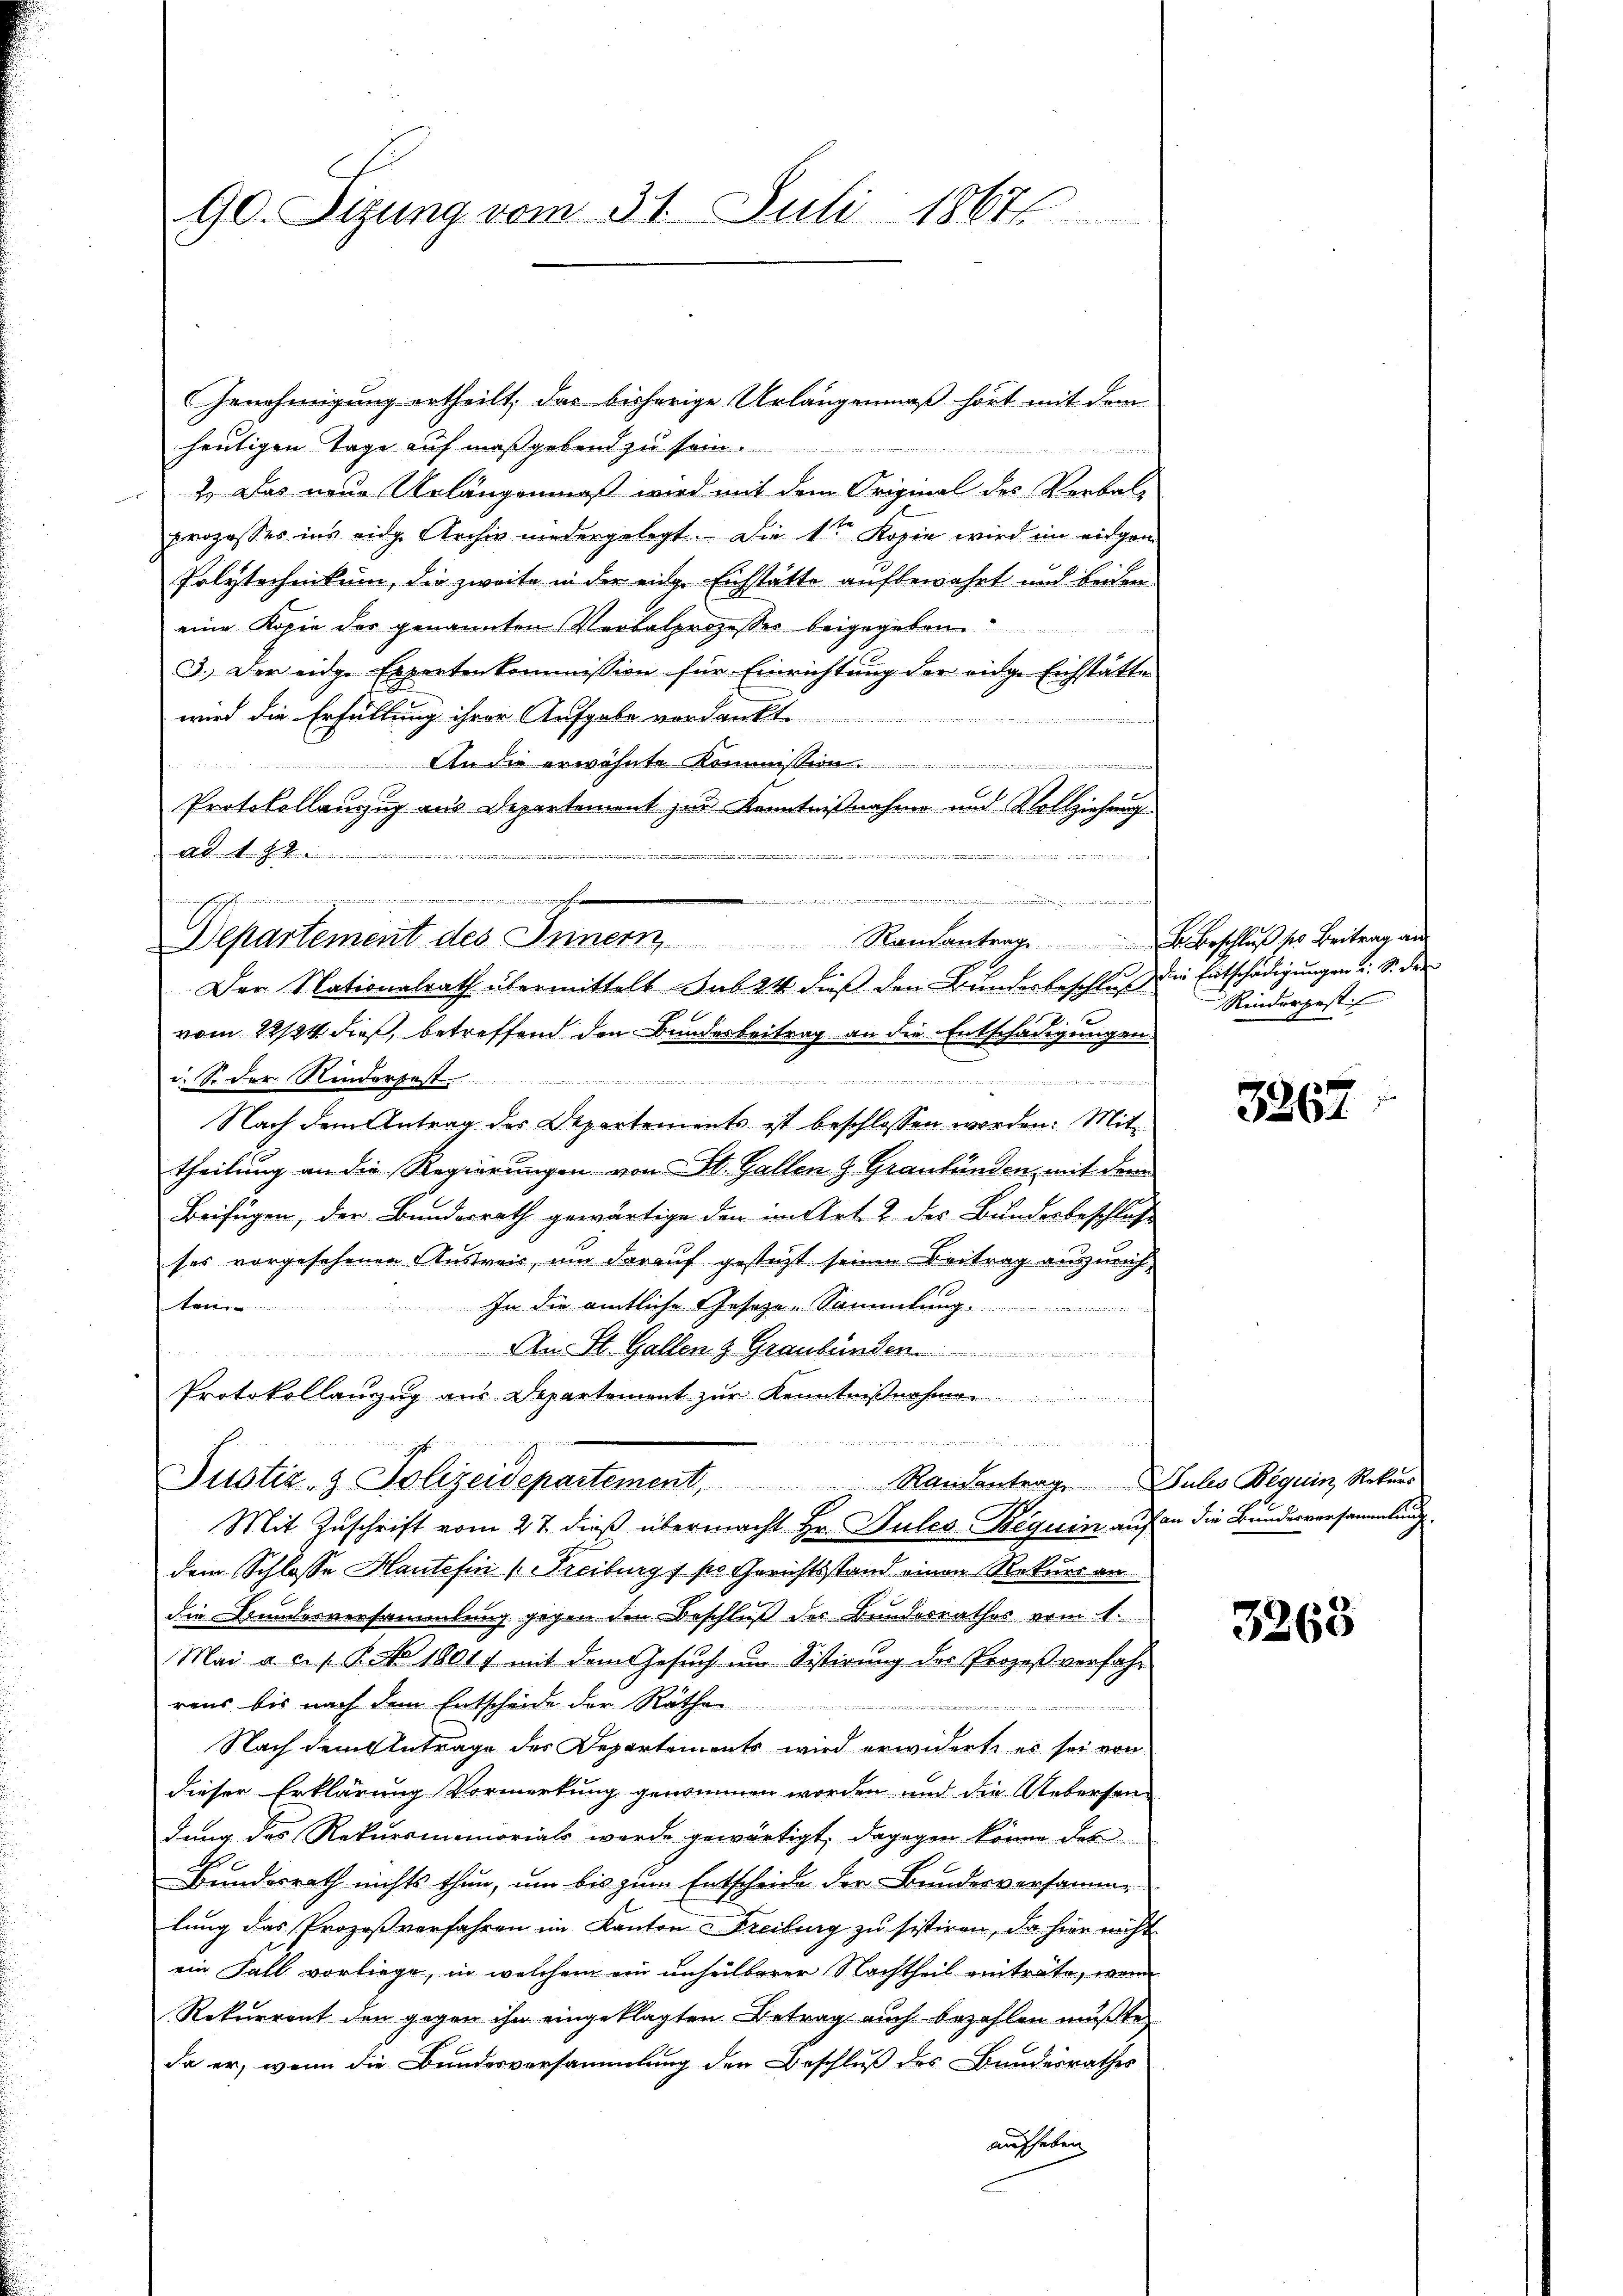
90. Sizung vom 31. Juli 1867

Genehmigung ertheilt, das bisherige Urlangenmaß hört mit dem
heutigen Tage auf maßgebend zu sein.
2.) Das neue Urlängenmaß wird mit dem Original des Verbal-
prozesses ins eidg. Archiv niedergelegt. Die 1ten Kopie wird im eidgen
Polytechnikum, die zweite in der einen Eichstätte aufbewahrt und beiden
eine Kopie der genannten Verbalprozesses beigegeben
3.) Der eidge Expertenkommission für Einrichtung der eidge Eichstätte
wird die Erfüllung ihrer Aufgabe verdankt.
i
An die erwähnte Kommission .......................
Protokollauzug aus Departement zur Kenntnißnahme und Vollziehung
Ad

.
n

......................

Departement des Innern Ramantrage ......
Der Nationalrath übermittelt sub 24 daß den Bunderbeschluß die Entschädigungen u. S. der

2

vom 22/24 dieß betreffend den Bundesbeitrag an die Entschädigungen
d. S. der Kinderpest

Nach dem Antrag des Departements ist beschlossen worden. Mit
theilung an die Regierungen von St. Gallen & Graubünden, mit dem
Beifügen, der Bundesrath gewärtige den im Art. 2 des Bunderbeschlos
ses vorgesehenen Austreis, um darauf gestützt seinen Beitrag auszurich¬

 In die amtliche Geseze-Sammlung ..............
Aus St. Gallen & Graubünden
Protokollanzug aus Departement zur Kenntn

u

Justiz- & Polizeidepartement, Randantrag Gules Beguin, Rekŭrs
Mit Zuschrift vom 27. dieß übermacht Hr. Dules-Beguin auf an die Bundesversammlung

dem Schlosse Haute fin (Freiburgs po Gerichtsstand einen Rekurs an
die Stundesversammlung gegen den Beschluß der Bundesrathes vom 1.
Mai a. c. s. B. No. 1801. mit dem Gesŭch im Sistirŭng des Prozeβ verfahr
rens bis nach dem Entscheide der Räthe
Nach dem Antrage des Departements wird erwiderte es sei von
dieser Erklärung Vormerkung genommen worden und die Uebersendung des Rekursmemorials werde gewärtigt, dagegen könne des
Bundesrath nichts thun, um bis zum Entscheide der Bundesversamme
lung das Prozeßverfahren im Kanton Freibung zu sistiren, da hier nicht
ein Fall vorliege, in welchem ein unheilbarer Nachtheil enträte, wenn
Rekurrent den gegen ihn eingeklagten Betrag auch bezahlen mußte,
da er, wenn die Bundesversammlung den Beschluß des Bundesrathes
aufheben

B. Beschluß ses Beitrag an
Rinderpest

3362.

3268